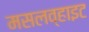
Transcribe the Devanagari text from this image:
मसलव्हाइट